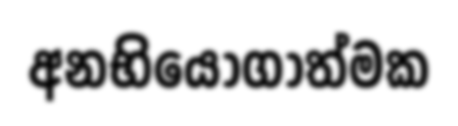
අනභියෝගාත්මක